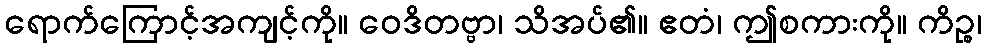
ရောက်ကြောင့်အကျင့်ကို။ ဝေဒိတဗ္ဗာ၊ သိအပ်၏။ ဧတံ၊ ဤစကားကို။ ကိဉ္စ၊